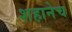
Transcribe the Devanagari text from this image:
शहानेच